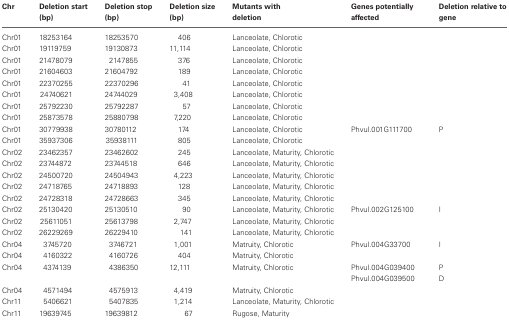
<table><thead><tr><td><b>Chr</b></td><td><b>Deletion start (bp)</b></td><td><b>Deletion stop (bp)</b></td><td><b>Deletion size (bp)</b></td><td><b>Mutants with deletion</b></td><td><b>Genes potentially affected</b></td><td><b>Deletion relative to gene</b></td></tr></thead><tbody><tr><td>Chr01</td><td>18253164</td><td>18253570</td><td>406</td><td>Lanceolate, Chlorotic</td><td></td><td></td></tr><tr><td>Chr01</td><td>19119759</td><td>19130873</td><td>11,114</td><td>Lanceolate, Chlorotic</td><td></td><td></td></tr><tr><td>Chr01</td><td>21478079</td><td>2147855</td><td>376</td><td>Lanceolate, Chlorotic</td><td></td><td></td></tr><tr><td>Chr01</td><td>21604603</td><td>21604792</td><td>189</td><td>Lanceolate, Chlorotic</td><td></td><td></td></tr><tr><td>Chr01</td><td>22370255</td><td>22370296</td><td>41</td><td>Lanceolate, Chlorotic</td><td></td><td></td></tr><tr><td>Chr01</td><td>24740621</td><td>24744029</td><td>3,408</td><td>Lanceolate, Chlorotic</td><td></td><td></td></tr><tr><td>Chr01</td><td>25792230</td><td>25792287</td><td>57</td><td>Lanceolate, Chlorotic</td><td></td><td></td></tr><tr><td>Chr01</td><td>25873578</td><td>25880798</td><td>7,220</td><td>Lanceolate, Chlorotic</td><td></td><td></td></tr><tr><td>Chr01</td><td>30779938</td><td>30780112</td><td>174</td><td>Lanceolate, Chlorotic</td><td>Phvul.001G111700</td><td>P</td></tr><tr><td>Chr01</td><td>35937306</td><td>35938111</td><td>805</td><td>Lanceolate, Chlorotic</td><td></td><td></td></tr><tr><td>Chr02</td><td>23462357</td><td>23462602</td><td>245</td><td>Lanceolate, Maturity, Chlorotic</td><td></td><td></td></tr><tr><td>Chr02</td><td>23744872</td><td>23744518</td><td>646</td><td>Lanceolate, Maturity, Chlorotic</td><td></td><td></td></tr><tr><td>Chr02</td><td>24500720</td><td>24504943</td><td>4,223</td><td>Lanceolate, Maturity, Chlorotic</td><td></td><td></td></tr><tr><td>Chr02</td><td>24718765</td><td>24718893</td><td>128</td><td>Lanceolate, Maturity, Chlorotic</td><td></td><td></td></tr><tr><td>Chr02</td><td>24728318</td><td>24728663</td><td>345</td><td>Lanceolate, Maturity, Chlorotic</td><td></td><td></td></tr><tr><td>Chr02</td><td>25130420</td><td>25130510</td><td>90</td><td>Lanceolate, Maturity, Chlorotic</td><td>Phvul.002G125100</td><td>I</td></tr><tr><td>Chr02</td><td>25611051</td><td>25613798</td><td>2,747</td><td>Lanceolate, Maturity, Chlorotic</td><td></td><td></td></tr><tr><td>Chr02</td><td>26229269</td><td>26229410</td><td>141</td><td>Lanceolate, Maturity, Chlorotic</td><td></td><td></td></tr><tr><td>Chr04</td><td>3745720</td><td>3746721</td><td>1,001</td><td>Matruity, Chlorotic</td><td>Phvul.004G33700</td><td>I</td></tr><tr><td>Chr04</td><td>4160322</td><td>4160726</td><td>404</td><td>Matruity, Chlorotic</td><td></td><td></td></tr><tr><td>Chr04</td><td>4374139</td><td>4386350</td><td>12,111</td><td>Matruity, Chlorotic</td><td>Phvul.004G039400</td><td>P</td></tr><tr><td></td><td></td><td></td><td></td><td></td><td>Phvul.004G039500</td><td>D</td></tr><tr><td>Chr04</td><td>4571494</td><td>4575913</td><td>4,419</td><td>Matruity, Chlorotic</td><td></td><td></td></tr><tr><td>Chr11</td><td>5406621</td><td>5407835</td><td>1,214</td><td>Lanceolate, Maturity, Chlorotic</td><td></td><td></td></tr><tr><td>Chr11</td><td>19639745</td><td>19639812</td><td>67</td><td>Rugose, Maturity</td><td></td><td></td></tr></tbody></table>